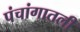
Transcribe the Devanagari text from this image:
पंचांगातली